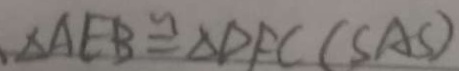
\Delta A E B \cong \Delta D F C ( S A S )